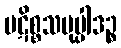
ပဋိစ္စသမုပ္ပါဒဉ္စ